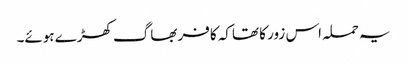
یہ حملہ اس زور کا تھاکہ کافر بھاگ کھڑے ہوئے۔